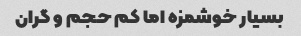
بسیار خوشمزه اما کم حجم و گران